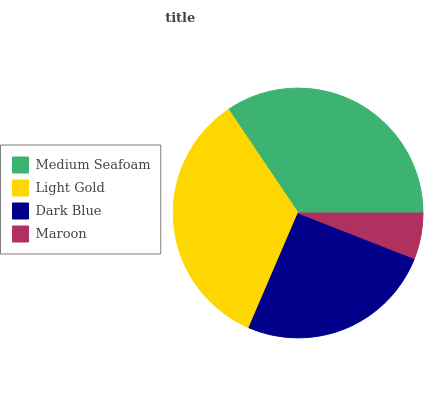
| Medium Seafoam | Light Gold | Dark Blue | Maroon |
 | --- | --- | --- | --- |
 | 34.4% | 34.1% | 25.5% | 5.95% |